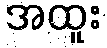
အထူး